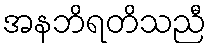
အနဘိရတိသညီ